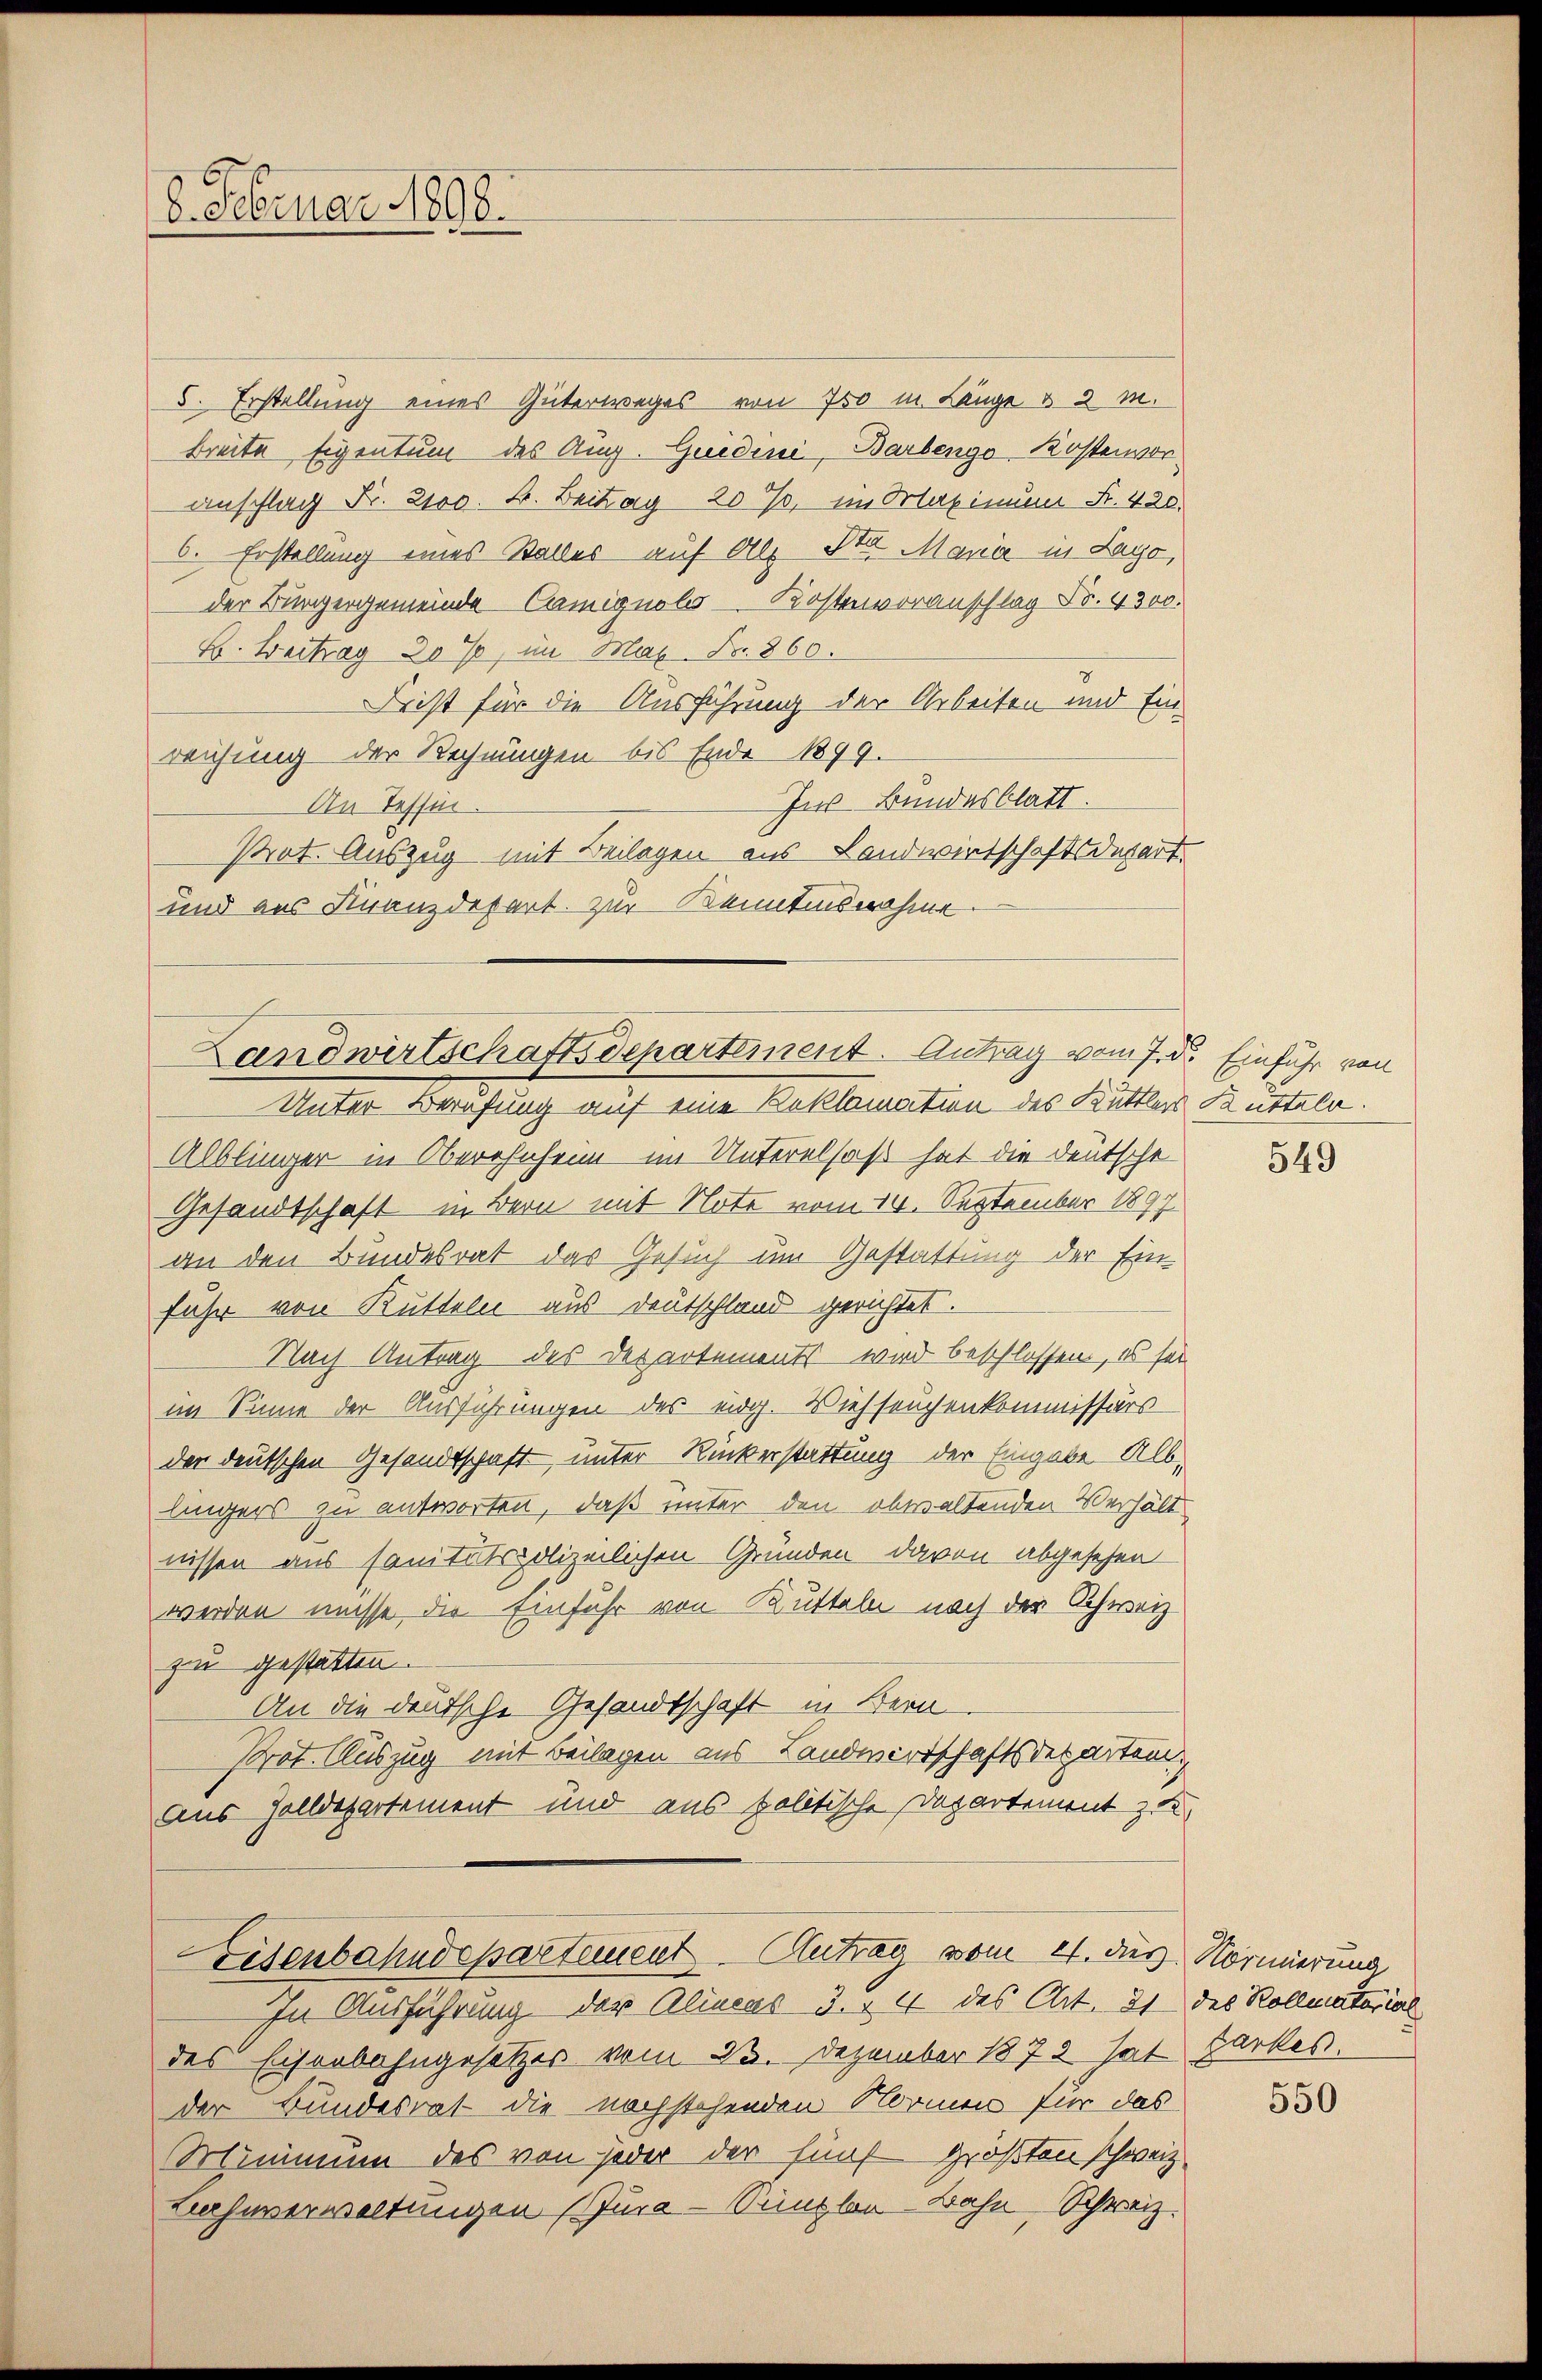
8. Februar 1898.

5. Erstellung eines Güterweges von 750 m Länge u. 2 M.
breite Eigentum des Aug. Guidini, Barbenge Kostenvoranschlag Fr. 2100. B. Beitrag 20 J. im Maximum Fr. 420.
6. Erstellung eines Stalles auf Alt St. Maria in Lago,
der Bürgergemeinde Camignola - Kostenvoranschlag Fr. 4300.
B. Beitrag 20%, im Max Fr. 860.
Frist für die Ausführung der Arbeiten und Einreichung der Rechnungen bis Ende 1899.
Jus Bundesblatt.
An Tessin.
Prot. Auszug mit Beilagen aus Landwirtschaftsdepart.
und aus Finanzdepart zur Kenntensnahme

Landwirtschaftsdepartement. Antrag vom 7. d. Einfuhr von

esenbahndepartement. Antrag vom 11. des Normierung

In Ausführung der Alineas 3. § 4 des Art. 21 des Rollmater
des Eisenbahngesetzes vom 23. Dezember 1872 hat Barkes.
der Bundesrat die nachstehenden Normen für das
Minimum des von jeder der fünf größten schweiz.
Lahnverwaltungen (Sura-Sungler Bahn, Schweiz.

Unter Berufung auf eine Reklamation des Kuttlers Kütteln.
Alblinger in Oberohnheim im Unterelsaß hat die deutsche
Gesandtschaft in Bern mit Note vom 14. September 1897
an den Bundesrat das Gesuch um Gestattung der Einfuhr von Rütteln aus Deutschland gerichtet.
Nach Antrag des Departements wird beschlossen, es sei
im Sinne der Ausführungen des eidg. Viehseuchenkommissärs
der deutschen Gesandtschaft unter Rückerstattung der Eingabe Alblingers zu antworten, daß unter den obwaltenden Verhält
nissen aus sanitätspolizeilichen Gründen, davon abgesehen
werden müsse, die Einfuhr von Kutteln nach der Schweiz
zu gestatten.
An die deutsche Gesandtschaft in Bern
Prot. Auszug mit Beilagen aus Landwirtschaftsdeparten,
aus Zolldepartement und aus politische Departement zu

549

550